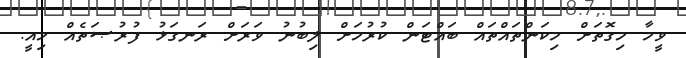
ވީމާ މިގޮތަށް މިކަންތައްތައް ބައްޓަން ކުރުމަށް ލިބުނު ވަރަށް ރަނގަޅު ފުރުޞަތެއް މިއީ.